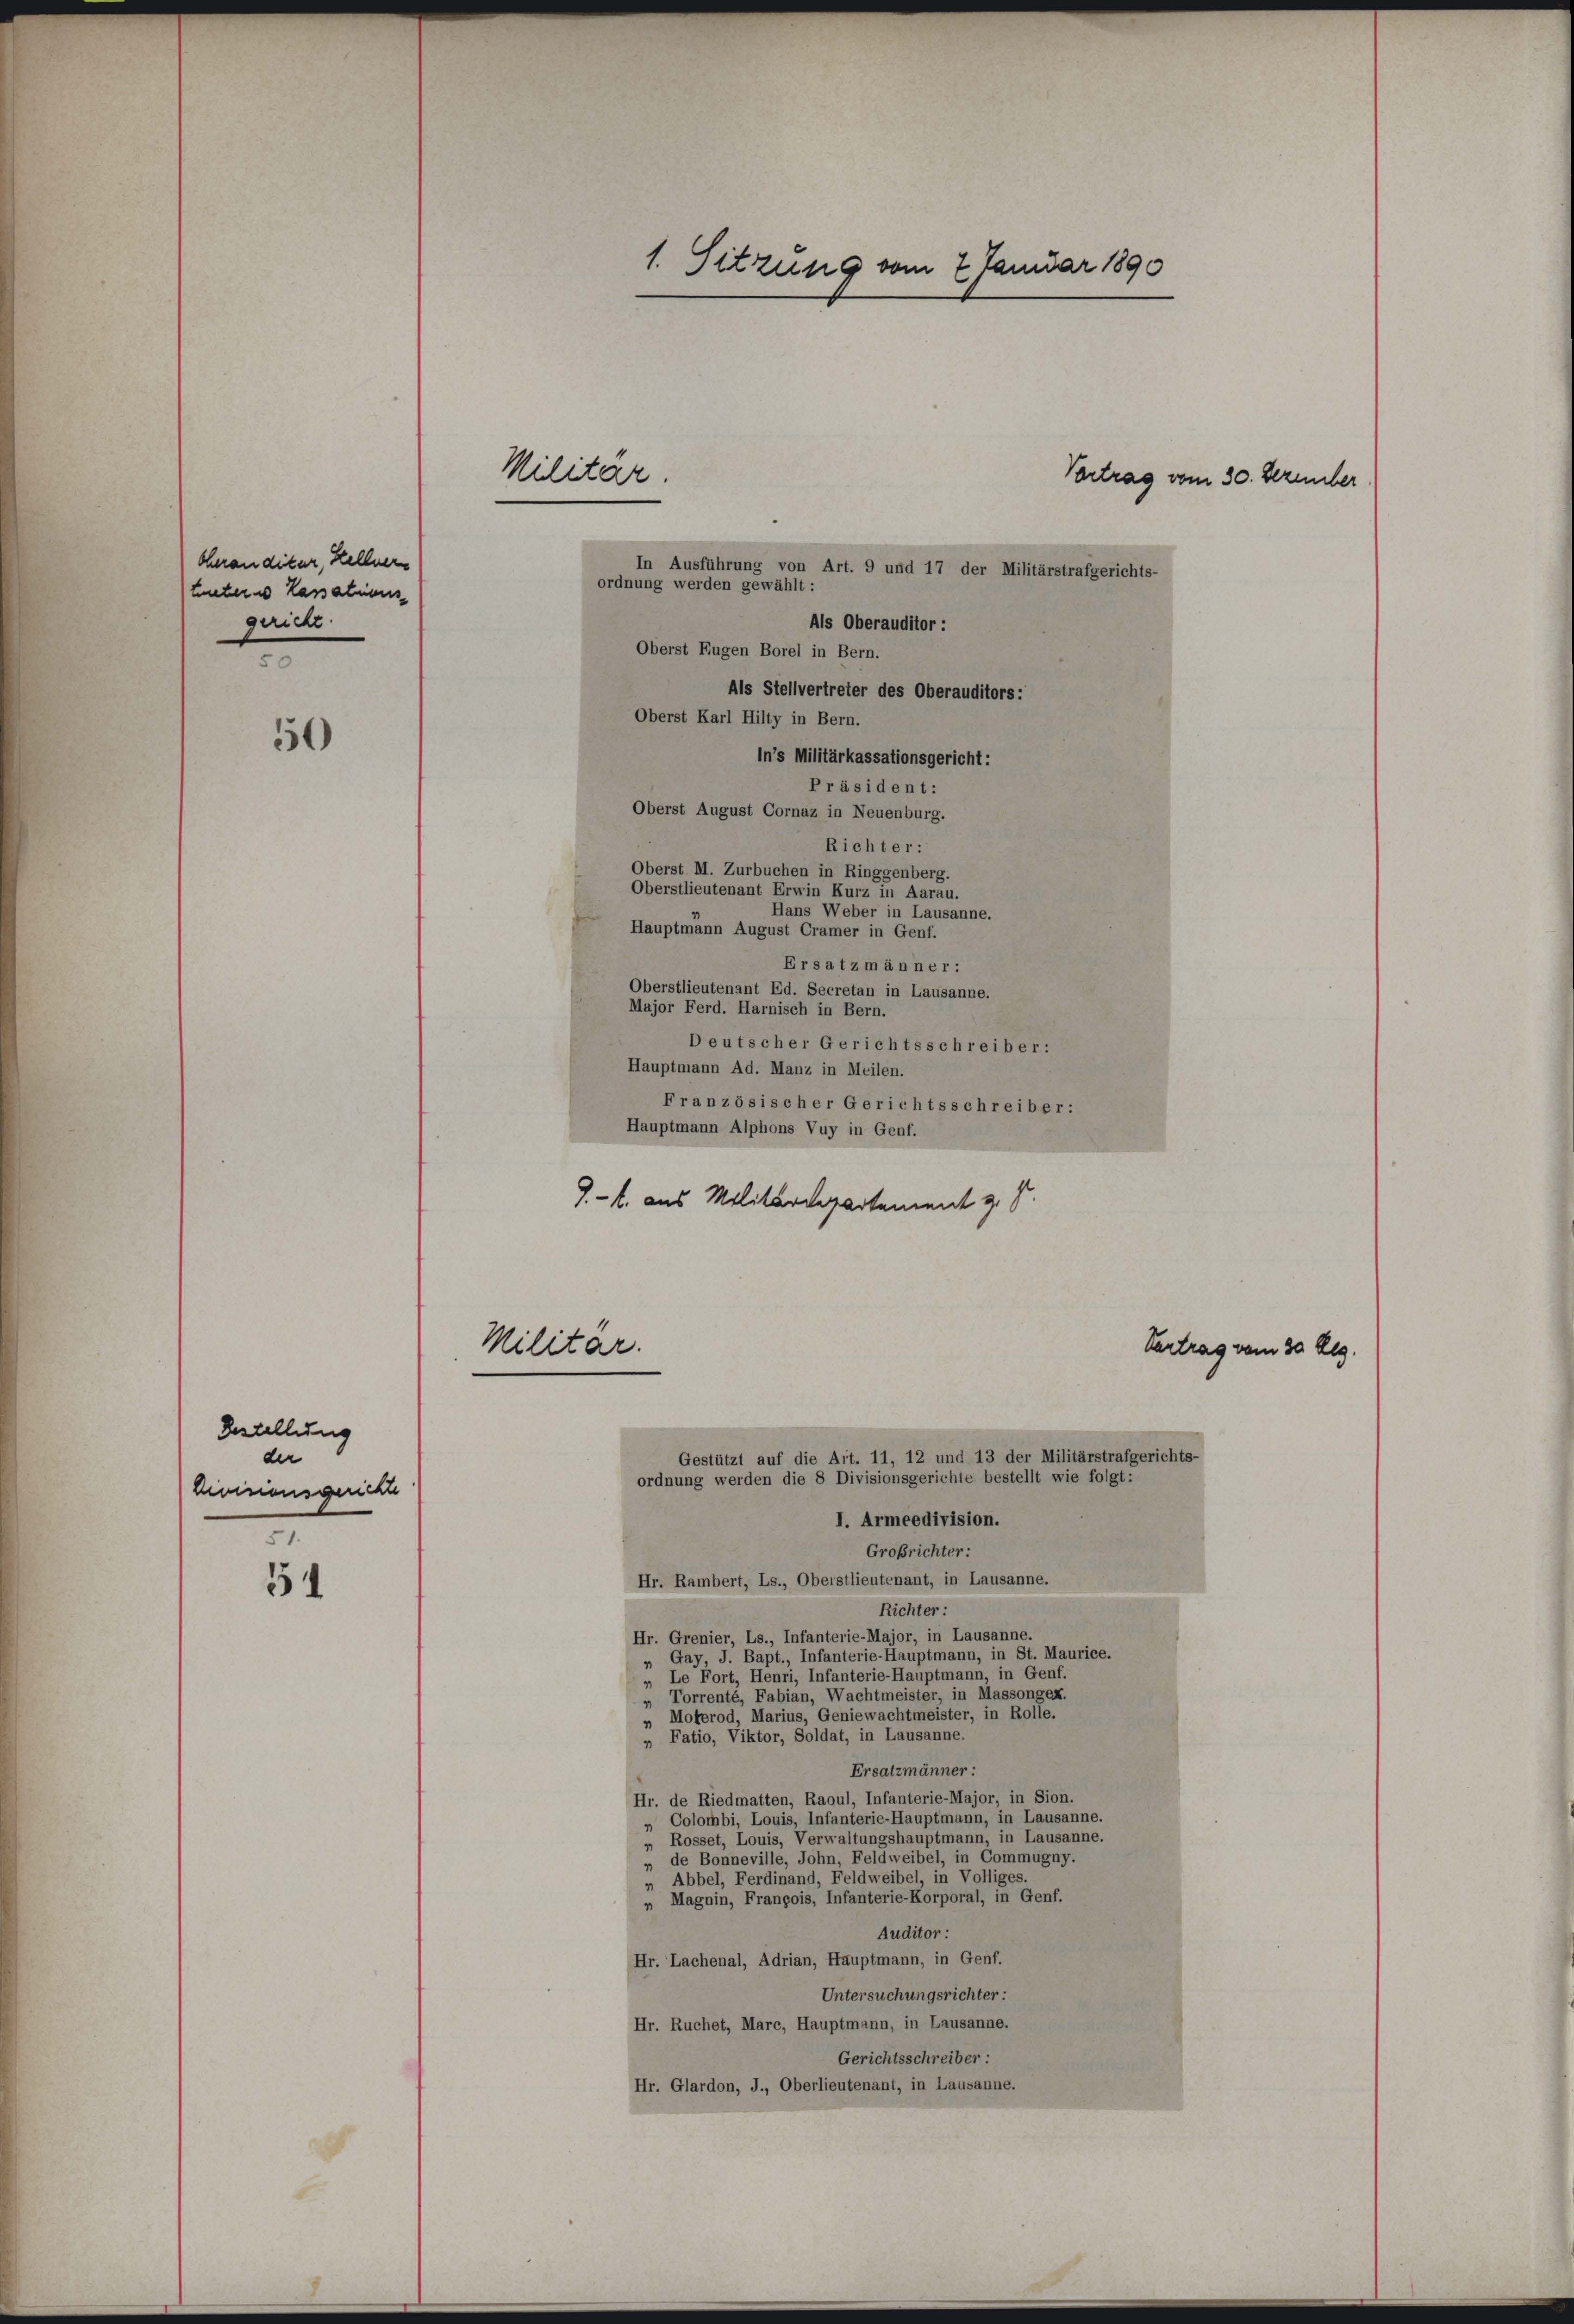
50

Bestellung
der
Dieinausgerichte
51

31

chrandiker, Sellnern
meter Kassations
gericht
50

In Ausführung von Art. 9 und 17 der Militärstrafgerichts-
ordnung werden gewählt:
Als Oberauditor :
Oberst Eugen Borel in Bern.
Als Stellvertreter des Oberauditors:
Oberst Karl Hilty in Bern.
in’s Militärkassationsgericht:
Präsident:
Oberst August Cornaz in Neuenburg.
Richter:
Oberst M. Zurbuchen in Ringgenberg.
Oberstlieutenant Erwin Kurz in Aarau.
Hans Weber in Lausanne.
Hauptmann August Cramer in Genf.
Ersatzmänner:
Oberstlieutenant Ed. Secretan in Lausanne.
Major Ferd. Harnisch in Bern.
Deutscher Gerichtsschreiber:
Hauptmann Ad. Manz in Meilen.
Französischer Gerichtsschreiber:
Hauptmann Alphons Vuy in Genf.
9.- 4. aus Militärdepartement z. B.

1. Sitzung vom 2 Januar 1890
Militar
Vortrag vom 30. Dezember

Militär.
Gestützt auf die Art. 11, 12 und 13 der Militärstrafgerichts-
ordnung werden die 8 Divisionsgerichte bestellt wie folgt:

I. Armeedivision.
Großrichter:
Hr. Rambert, Ls., Oberstlieutenant, in Lausanne.
Richter:
Hr. Grenier, Ls., Infanterie-Major, in Lausanne.
Gay, J. Bapt., Infanterie-Hauptmann, in St. Maurice.
4
„ Le Fort, Henri, Infanterie-Hauptmann, in Genf.
„ Torrenté, Fabian, Wachtmeister, in Massongex.
Moferod, Marius, Geniewachtmeister, in Rolle.
„ Fatio, Viktor, Soldat, in Lausanne.
Ersatzmänner:
Hr. de Riedmatten, Raoul, Infanterie-Major, in Sion.
Colombi, Louis, Infanterie-Hauptmann, in Lausanne.
„ Rosset, Louis, Verwaltungshauptmann, in Lausanne.
de Bonneville, John, Feldweibel, in Commugny.
„ Abbel, Ferdinand, Feldweibel, in Volliges.
„ Magnin, François, Infanterie-Korporal, in Genf.
Auditor :
Hr. Lachenal, Adrian, Hauptmann, in Genf.
Untersuchungsrichter:
Hr. Ruchet, Marc, Hauptmann, in Lausanne.
Gerichtsschreiber:
Hr. Glardon, J., Oberlieutenant, in Lausanne.

Vertrag vom 30 dkg.